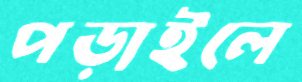
পড়াইলে